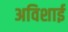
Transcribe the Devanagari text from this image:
अविशाई